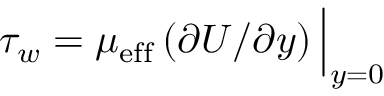
\tau _ { w } = \mu _ { \mathrm { e f f } } \left( \partial U / \partial y \right) \Big | _ { y = 0 }